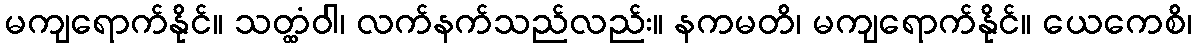
မကျရောက်နိုင်။ သတ္ထံဝါ၊ လက်နက်သည်လည်း။ နကမတိ၊ မကျရောက်နိုင်။ ယေကေစိ၊